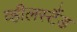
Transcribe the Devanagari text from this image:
व्हीलस्टैंड